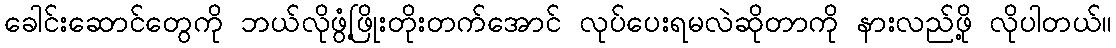
ခေါင်းဆောင်တွေကို ဘယ်လိုဖွံ့ဖြိုးတိုးတက်အောင် လုပ်ပေးရမလဲဆိုတာကို နားလည်ဖို့ လိုပါတယ်။